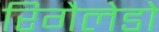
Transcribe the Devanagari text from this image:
रिगैलेडो